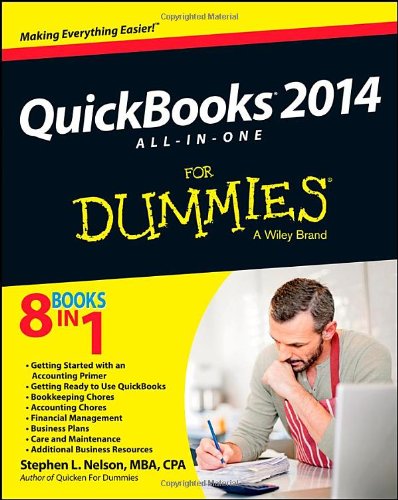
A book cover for QuickBooks 2014 All-in-One For Dummies; Stephen L. Nelson; Computers & Technology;